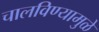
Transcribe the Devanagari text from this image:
चालविण्यामुळे